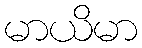
မာယိမာ